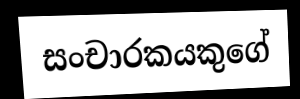
සංචාරකයකුගේ